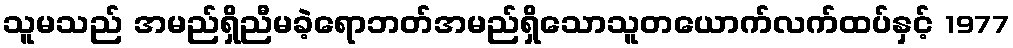
သူမသည် အမည်ရှိညီမခဲ့ရောဘတ်အမည်ရှိသောသူတယောက်လက်ထပ်နှင့် 1977